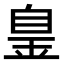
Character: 𦤐